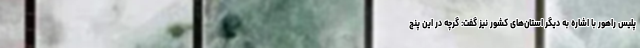
پلیس راهور با اشاره به دیگر استان‌های کشور نیز گفت: گرچه در این پنج